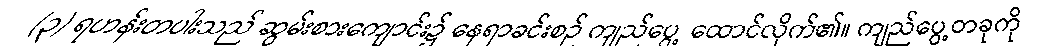
(၃) ရဟန်းတပါးသည် ဆွမ်းစားကျောင်း၌ နေရာခင်းစဉ် ကျည်ပွေ့ ထောင်လိုက်၏။ ကျည်ပွေ့တခုကို